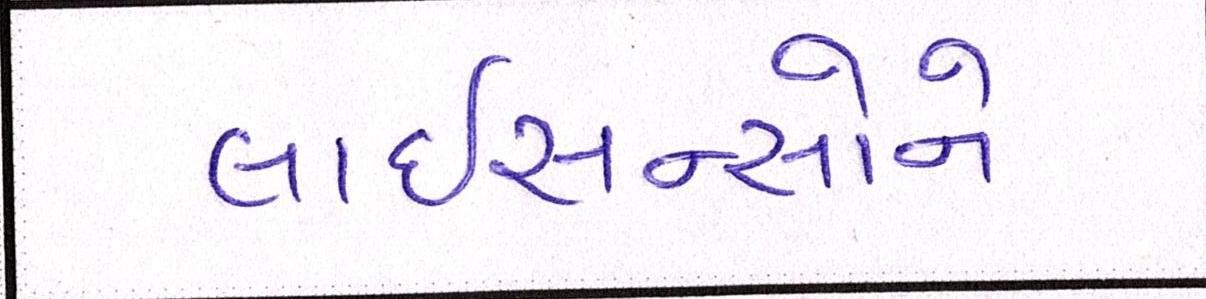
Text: લાઇસન્સોને